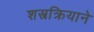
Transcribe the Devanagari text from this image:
शस्त्रक्रियाने